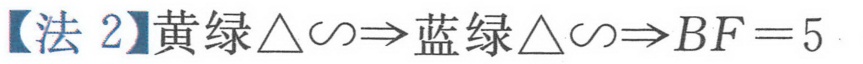
【法 2】黄绿\(\triangle\sim\Rightarrow\)蓝绿\(\triangle\sim\Rightarrow BF = 5\)